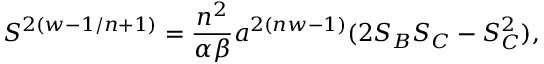
S ^ { 2 ( w - 1 / n + 1 ) } = { \frac { n ^ { 2 } } { \alpha \beta } } a ^ { 2 ( n w - 1 ) } ( 2 S _ { B } S _ { C } - S _ { C } ^ { 2 } ) ,